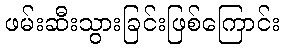
ဖမ်းဆီးသွားခြင်းဖြစ်ကြောင်း